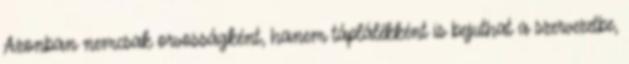
Azonban nemcsak orvosságként, hanem táplálékként is bejuthat a szervezetbe,